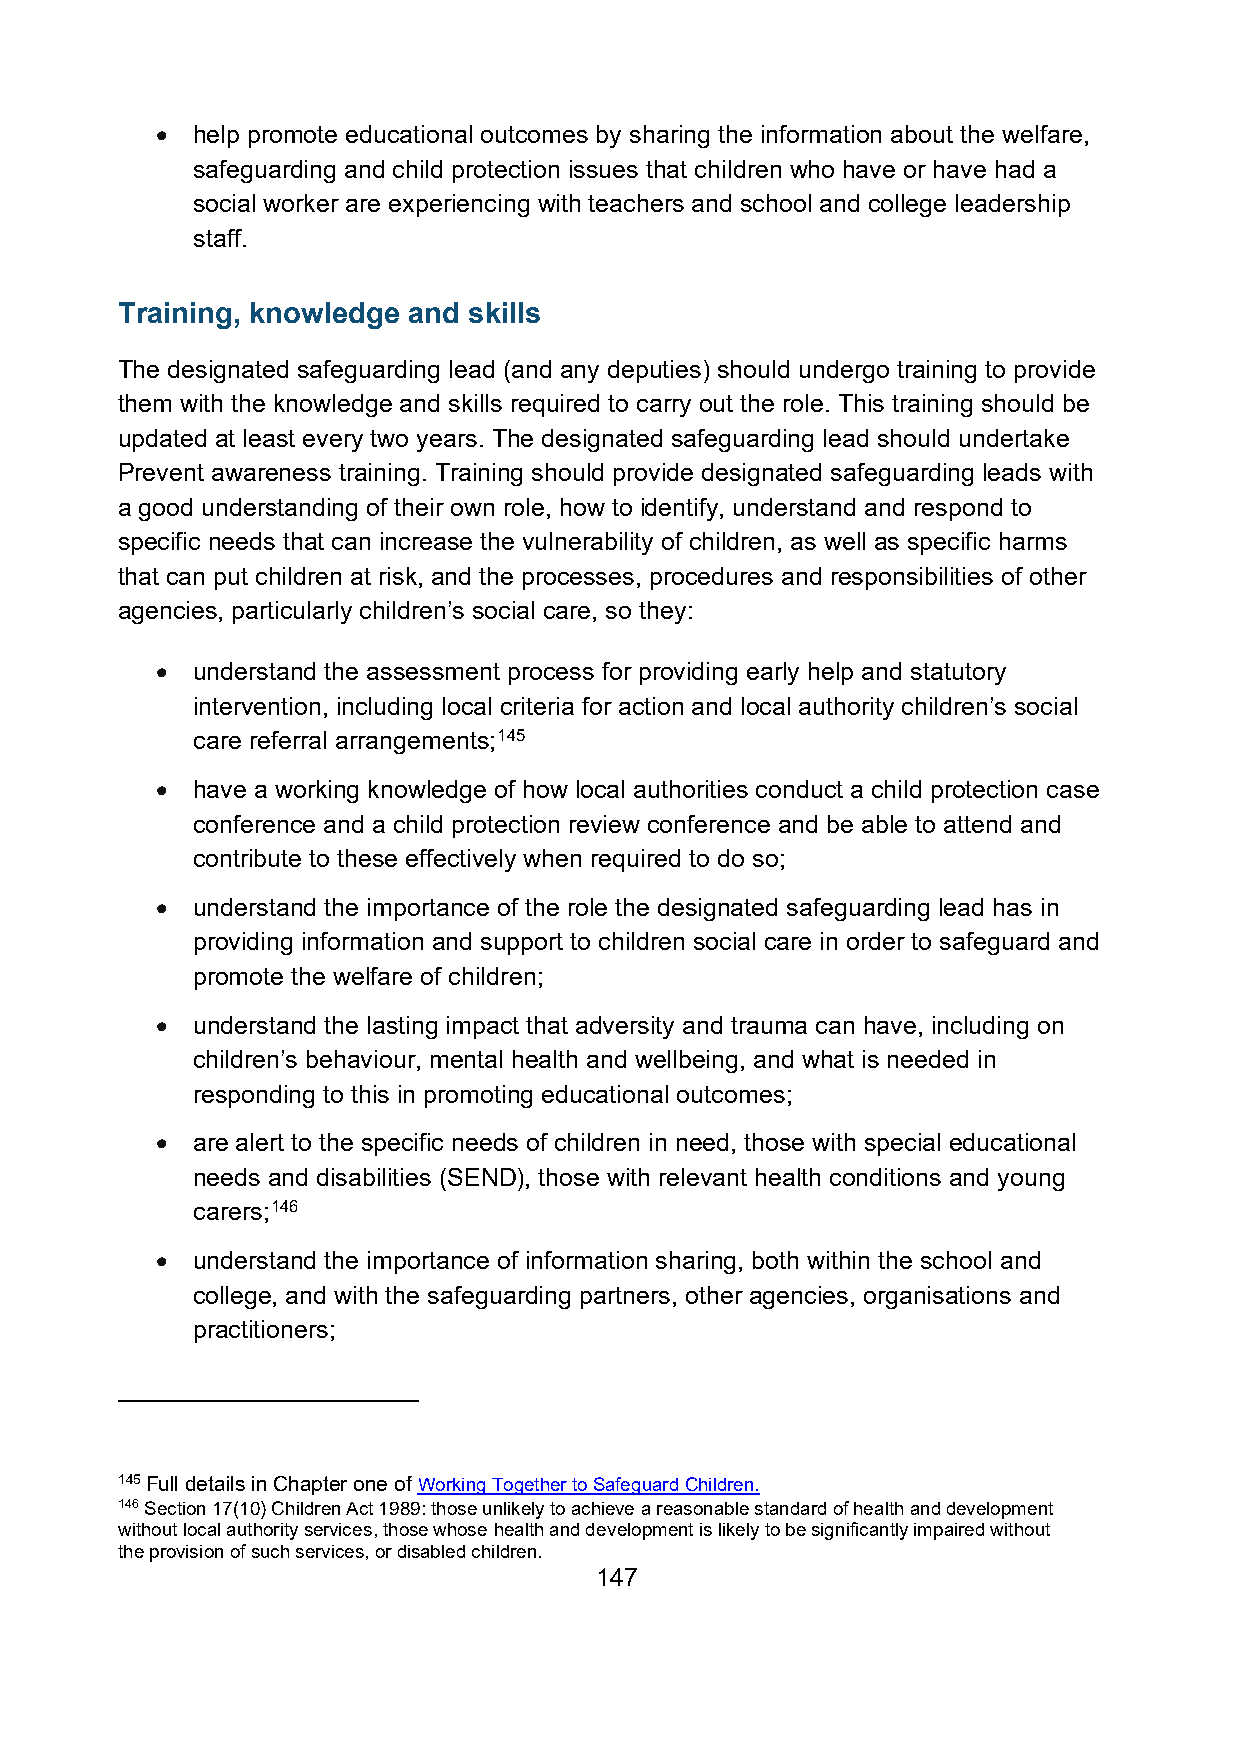
•  help promote educational outcomes by sharing the information about the welfare,
 safeguarding and child protection issues that children who have or have had a
 social worker are experiencing with teachers and school and college leadership
 staff.
 Training, knowledge and skills
 The designated safeguarding lead (and any deputies) should undergo training to provide
 them with the knowledge and skills required to carry out the role. This training should be
 updated at least every two years. The designated safeguarding lead should undertake
 Prevent awareness training. Training should provide designated safeguarding leads with
 a good understanding of their own role, how to identify, understand and respond to
 specific needs that can increase the vulnerability of children, as well as specific harms
 that can put children at risk, and the processes, procedures and responsibilities of other
 agencies, particularly children’s social care, so they:
 •  understand the assessment process for providing early help and statutory
 intervention, including local criteria for action and local authority children’s social
 care referral arrangements;145
 •  have a working knowledge of how local authorities conduct a child protection case
 conference and a child protection review conference and be able to attend and
 contribute to these effectively when required to do so;
 •  understand the importance of the role the designated safeguarding lead has in
 providing information and support to children social care in order to safeguard and
 promote the welfare of children;
 •  understand the lasting impact that adversity and trauma can have, including on
 children’s behaviour, mental health and wellbeing, and what is needed in
 responding to this in promoting educational outcomes;
 •  are alert to the specific needs of children in need, those with special educational
 needs and disabilities (SEND), those with relevant health conditions and young
 carers;146
 •  understand the importance of information sharing, both within the school and
 college, and with the safeguarding partners, other agencies, organisations and
 practitioners;
 145 Full details in Chapter one of Working Together to Safeguard Children.
 146 Section 17(10) Children Act 1989: those unlikely to achieve a reasonable standard of health and development
 without local authority services, those whose health and development is likely to be significantly impaired without
 the provision of such services, or disabled children.
 147